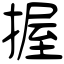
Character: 握